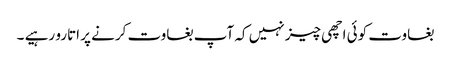
بغاوت کوئی اچھی چیز نہیں کہ آپ بغاوت کرنے پر اتارو رہیے ۔